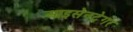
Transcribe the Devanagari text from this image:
आइसेनट्रेगर